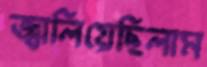
জ্বালিয়েছিলাম